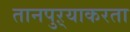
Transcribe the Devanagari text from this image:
तानपुऱ्याकरता